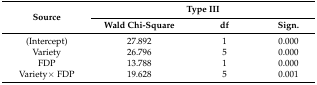
<table><thead><tr><td rowspan="2"><b>Source</b></td><td colspan="3"><b>Type III</b></td></tr><tr><td><b>Wald Chi-Square</b></td><td><b>df</b></td><td><b>Sign.</b></td></tr></thead><tbody><tr><td>(Intercept)</td><td>27.892</td><td>1</td><td>0.000</td></tr><tr><td>Variety</td><td>26.796</td><td>5</td><td>0.000</td></tr><tr><td>FDP</td><td>13.788</td><td>1</td><td>0.000</td></tr><tr><td>Variety× FDP</td><td>19.628</td><td>5</td><td>0.001</td></tr></tbody></table>